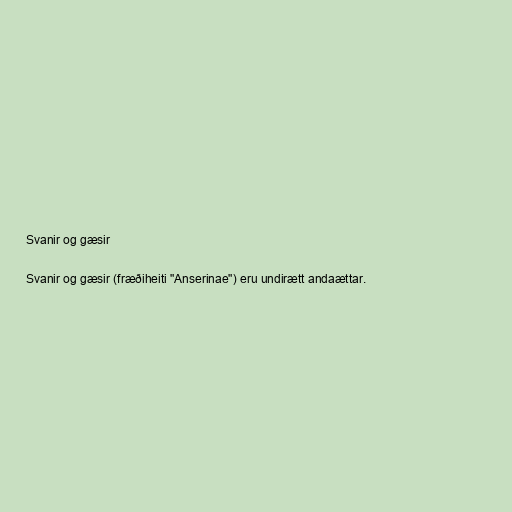
Svanir og gæsir

Svanir og gæsir (fræðiheiti "Anserinae") eru undirætt andaættar.